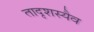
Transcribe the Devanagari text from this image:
तादृशस्यैव